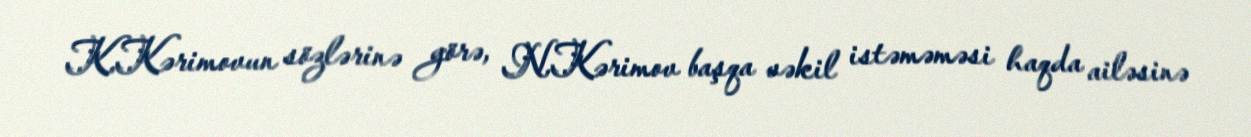
K.Kərimovun sözlərinə görə, N.Kərimov başqa vəkil istəməməsi haqda ailəsinə